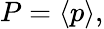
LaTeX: P=\langle p\rangle,